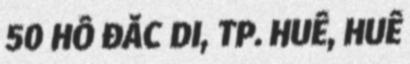
50 HỒ ĐẮC DI, TP. HUẾ, HUẾ